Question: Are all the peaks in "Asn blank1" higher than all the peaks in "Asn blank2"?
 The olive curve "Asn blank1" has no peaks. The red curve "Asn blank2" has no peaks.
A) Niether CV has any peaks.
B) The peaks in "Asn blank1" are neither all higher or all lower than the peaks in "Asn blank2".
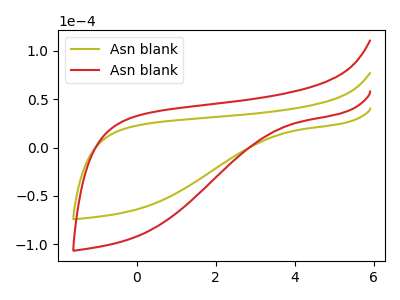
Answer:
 <answer>A) Niether CV has any peaks.</answer>
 <eval>A</eval>